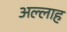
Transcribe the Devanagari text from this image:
अल्‍लाह